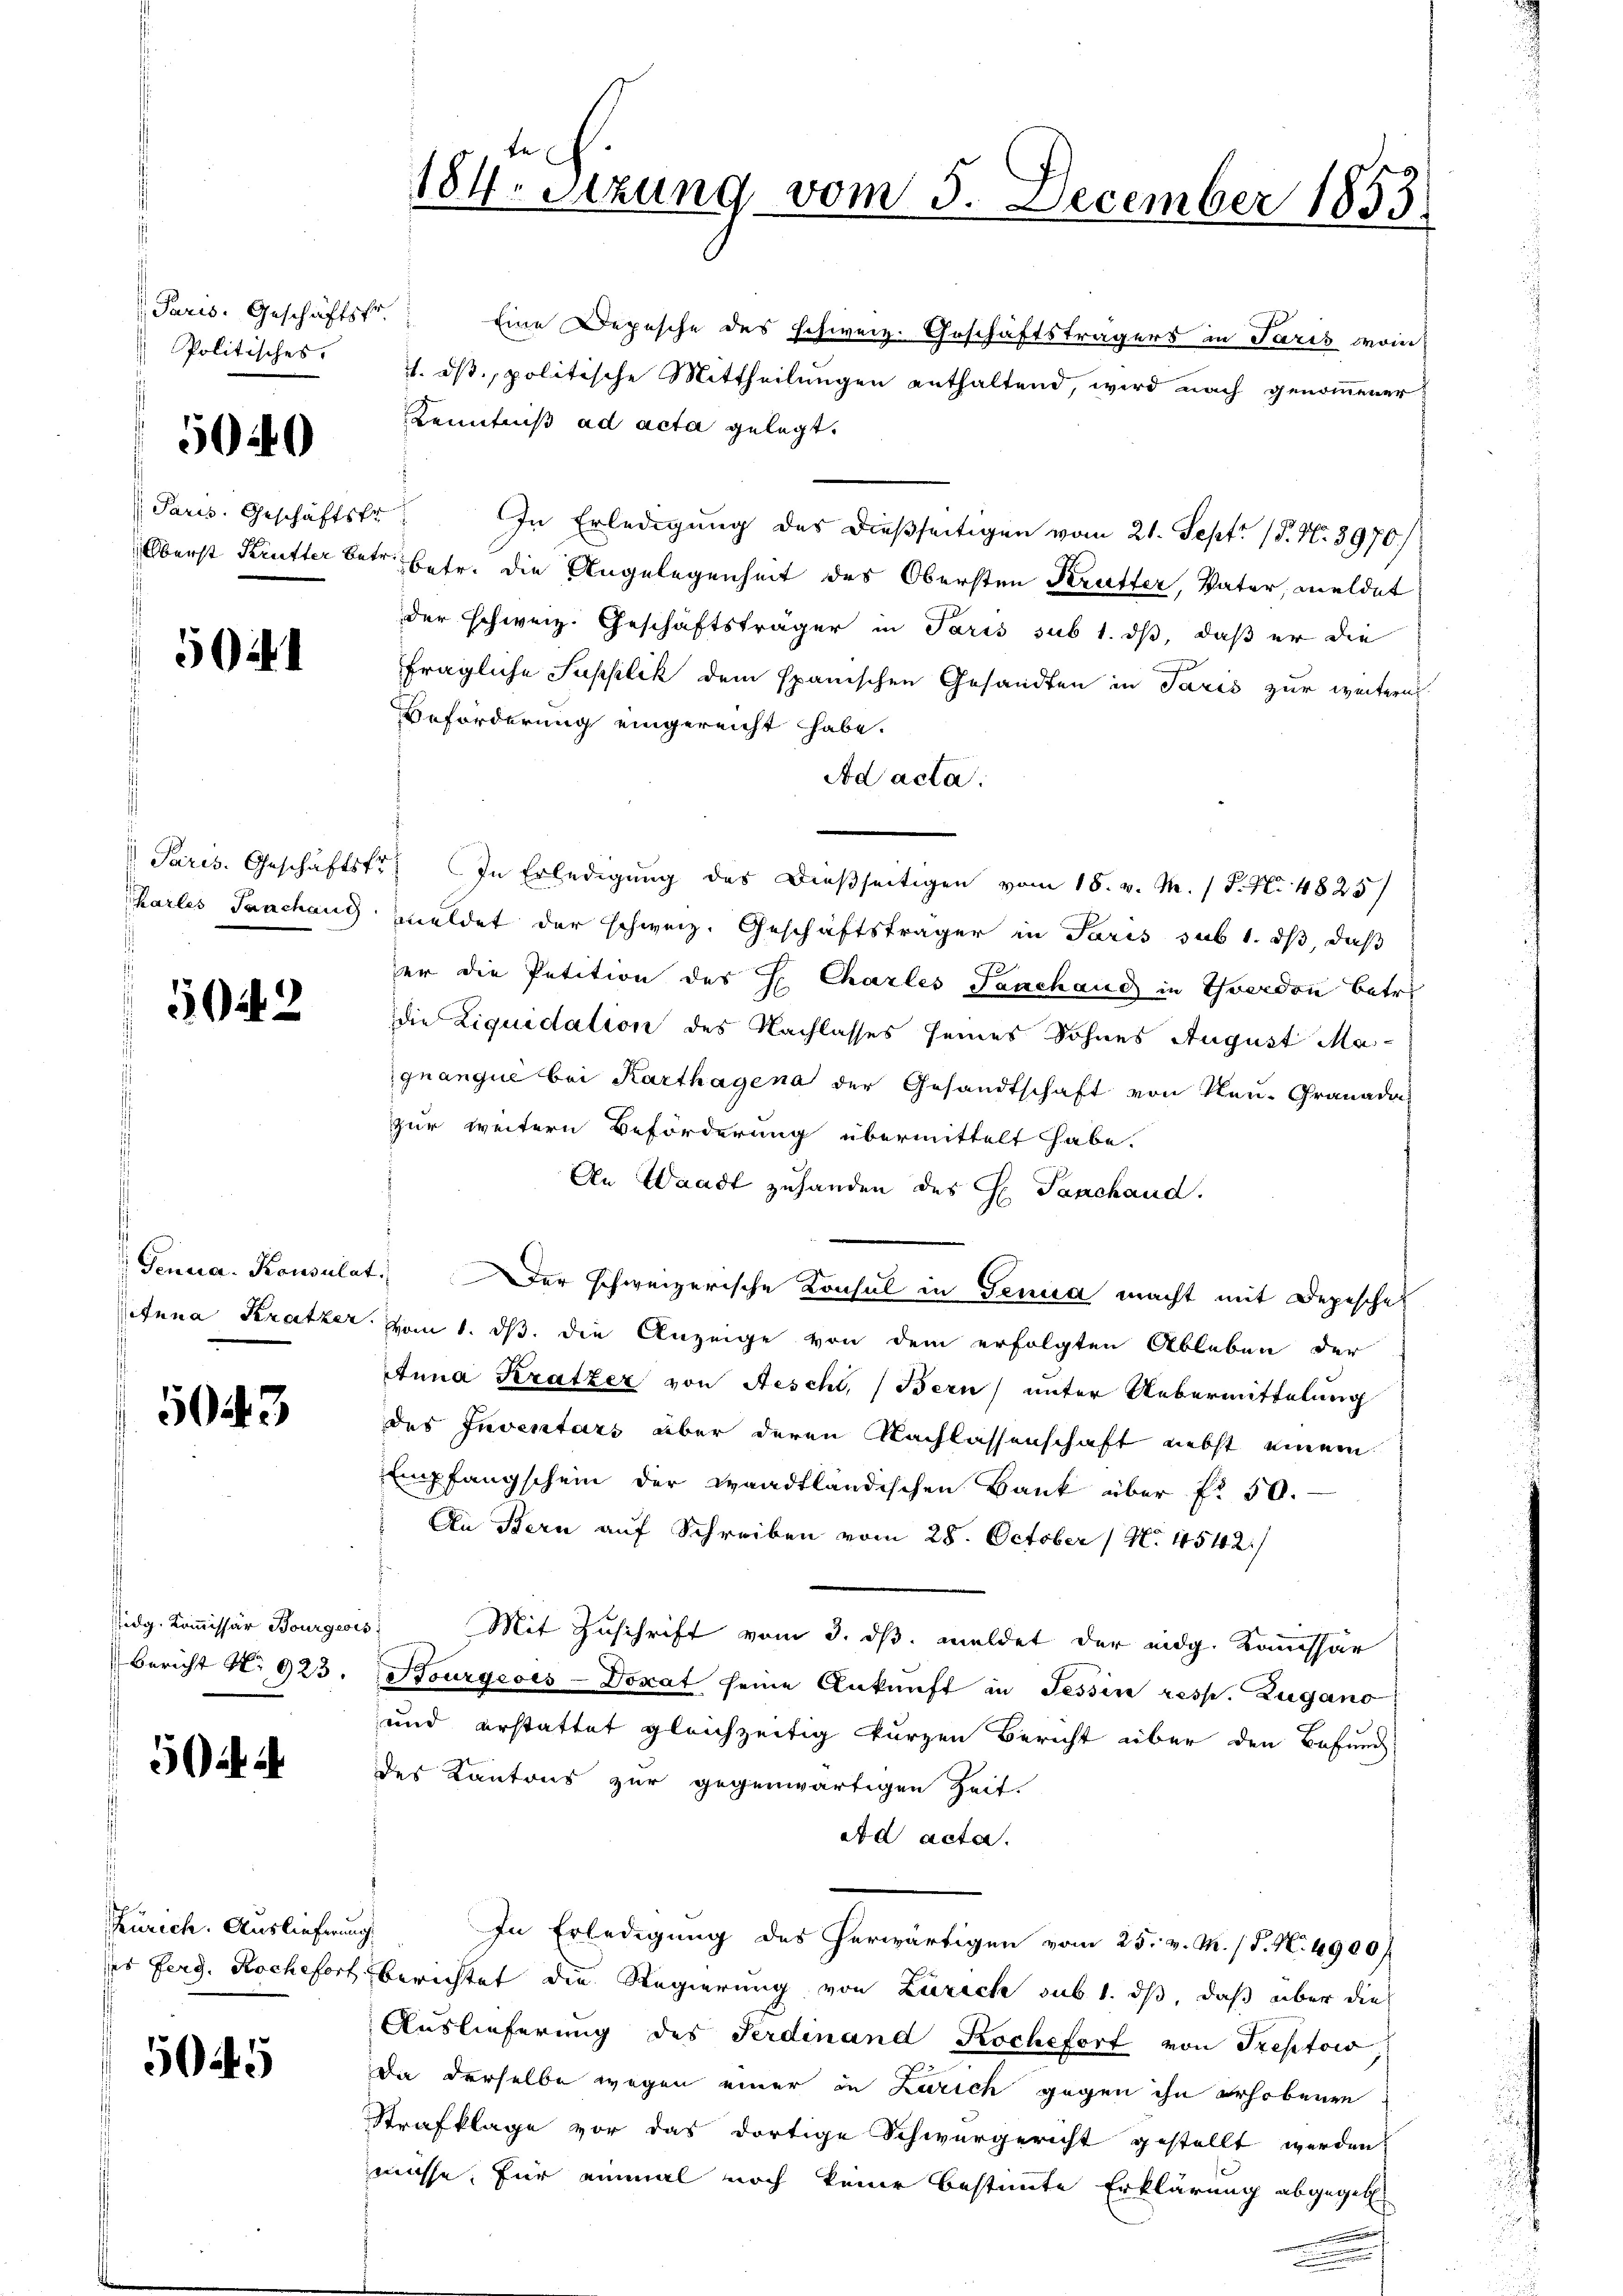
Paris. Geschäftsfr.
Politisches.

5040

Paris. Geschäftsfr

504.

5022

5043

sidg. Kommissär Bourgeri
Bericht No 923.

Zürich. Auslieferung.

5045

184. Setzung vom 5. December 1853.

Eine Depesche des schweiz. Geschäftsträgers in Paris moin
4. ds, politische Mittheilungen enthaltend, wird nach genommener
Kenntniß ad acta gelegt.
In Erledigung des dießseitigen vom 21. Sept. (T. N. 3970/
Oberst Krütter betr. Betr. die Angelegenheit des Obersten Krütter, Vater, meldet
der schweiz. Geschäftsträger in Paris sub 1. ds, daß er die
fragliche Supplik dem spanischen Gesandten in Paris zur weitern
Beforderung eingereicht habe.
Ad acta.
Paris. Geschäftsfr. In Erledigung des Dießseitigen vom 18. v. M. / P. Nr. 4825/
Charles Tanchang meldet der schweiz. Geschäftsträger in Paris sub 1. ds, daß
er die Petition des H. Charles Taschaus in Yverdon betr.
die Liquidation des Nachlasses seines Sohnes August Maguanque bei Karthagena der Gesandtschaft von Neu-Granada-
zur weitern Beförderung übermittelt habe.
An Waadt zuhanden des Hl. Sanchand.
Genua- Konsulater schweizerische Konsul in Genua macht mit Depesche
Anna Kratzer vom 1. ds. die Anzeige von dem erfolgten Ableben der
Anna Kratzer von Aeschl, (Bern) unter Uebermittelung
des Inventars aber deren Nachlassenschaft nebst einem
Empfangschein der waadtländischen Bank über f. 50.
An Bern auf Schreiben vom 28. October No. 4542/
s
Mit Zuschrift vom 3. ds. meldet der eidg. Kamshar
Bourgeois-Doxat seine Ankunft in Tessin resp. Zugano
und erstattet gleichzeitig kurzen Bericht über den Befund
des Kantons zur gegenwärtigen Zeit.
ea acta.
In Erledigung des herwärtigen vom 25. v. M. / P. N. 4900 f
es Ferg. Rochefort berichtet die Regierung von Zürich sub 1. ds, daß über die
Auslieferung des Ferdinand Kochefort von Treptow,
da derselbe wegen einer in Zürich gegen ihn erhobenen
Strafklage vor das dortige Schwurgericht gestellt werden.
müsse, für einmal noch keine bestimmte Erklärung abgegebe